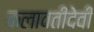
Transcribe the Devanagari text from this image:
कलावतीदेवी